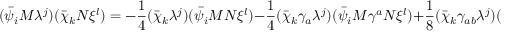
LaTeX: ( \bar { \psi } _ { i } M \lambda ^ { j } ) ( \bar { \chi } _ { k } N \xi ^ { l } ) = - \frac { 1 } { 4 } ( \bar { \chi } _ { k } \lambda ^ { j } ) ( \bar { \psi } _ { i } M N \xi ^ { l } ) - \frac { 1 } { 4 } ( \bar { \chi } _ { k } \gamma _ { a } \lambda ^ { j } ) ( \bar { \psi } _ { i } M \gamma ^ { a } N \xi ^ { l } ) + \frac { 1 } { 8 } ( \bar { \chi } _ { k } \gamma _ { a b } \lambda ^ { j } ) ( \bar { \psi } _ { i } M \gamma ^ { a b } N \xi ^ { l } ) ,